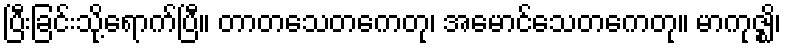
ပြီးခြင်းသို့ရောက်ပြီ။ တာတသေတကေတု၊ အမောင်သေတကေတု။ မာကုဇ္ဈိ၊